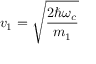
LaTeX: v _ { 1 } = { \sqrt { \frac { 2 \hbar \omega _ { c } } { m _ { 1 } } } }